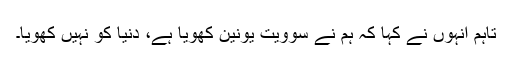
تاہم انہوں نے کہا کہ ہم نے سوویت یونین کھویا ہے، دنیا کو نہیں کھویا۔